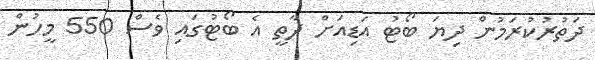
ދަތުރުކުރަމުން ދިޔަ ބޯޓު އަޑިއަށް ދާތީ އެ ބޯޓުގައި ވެސް 550 މީހުން